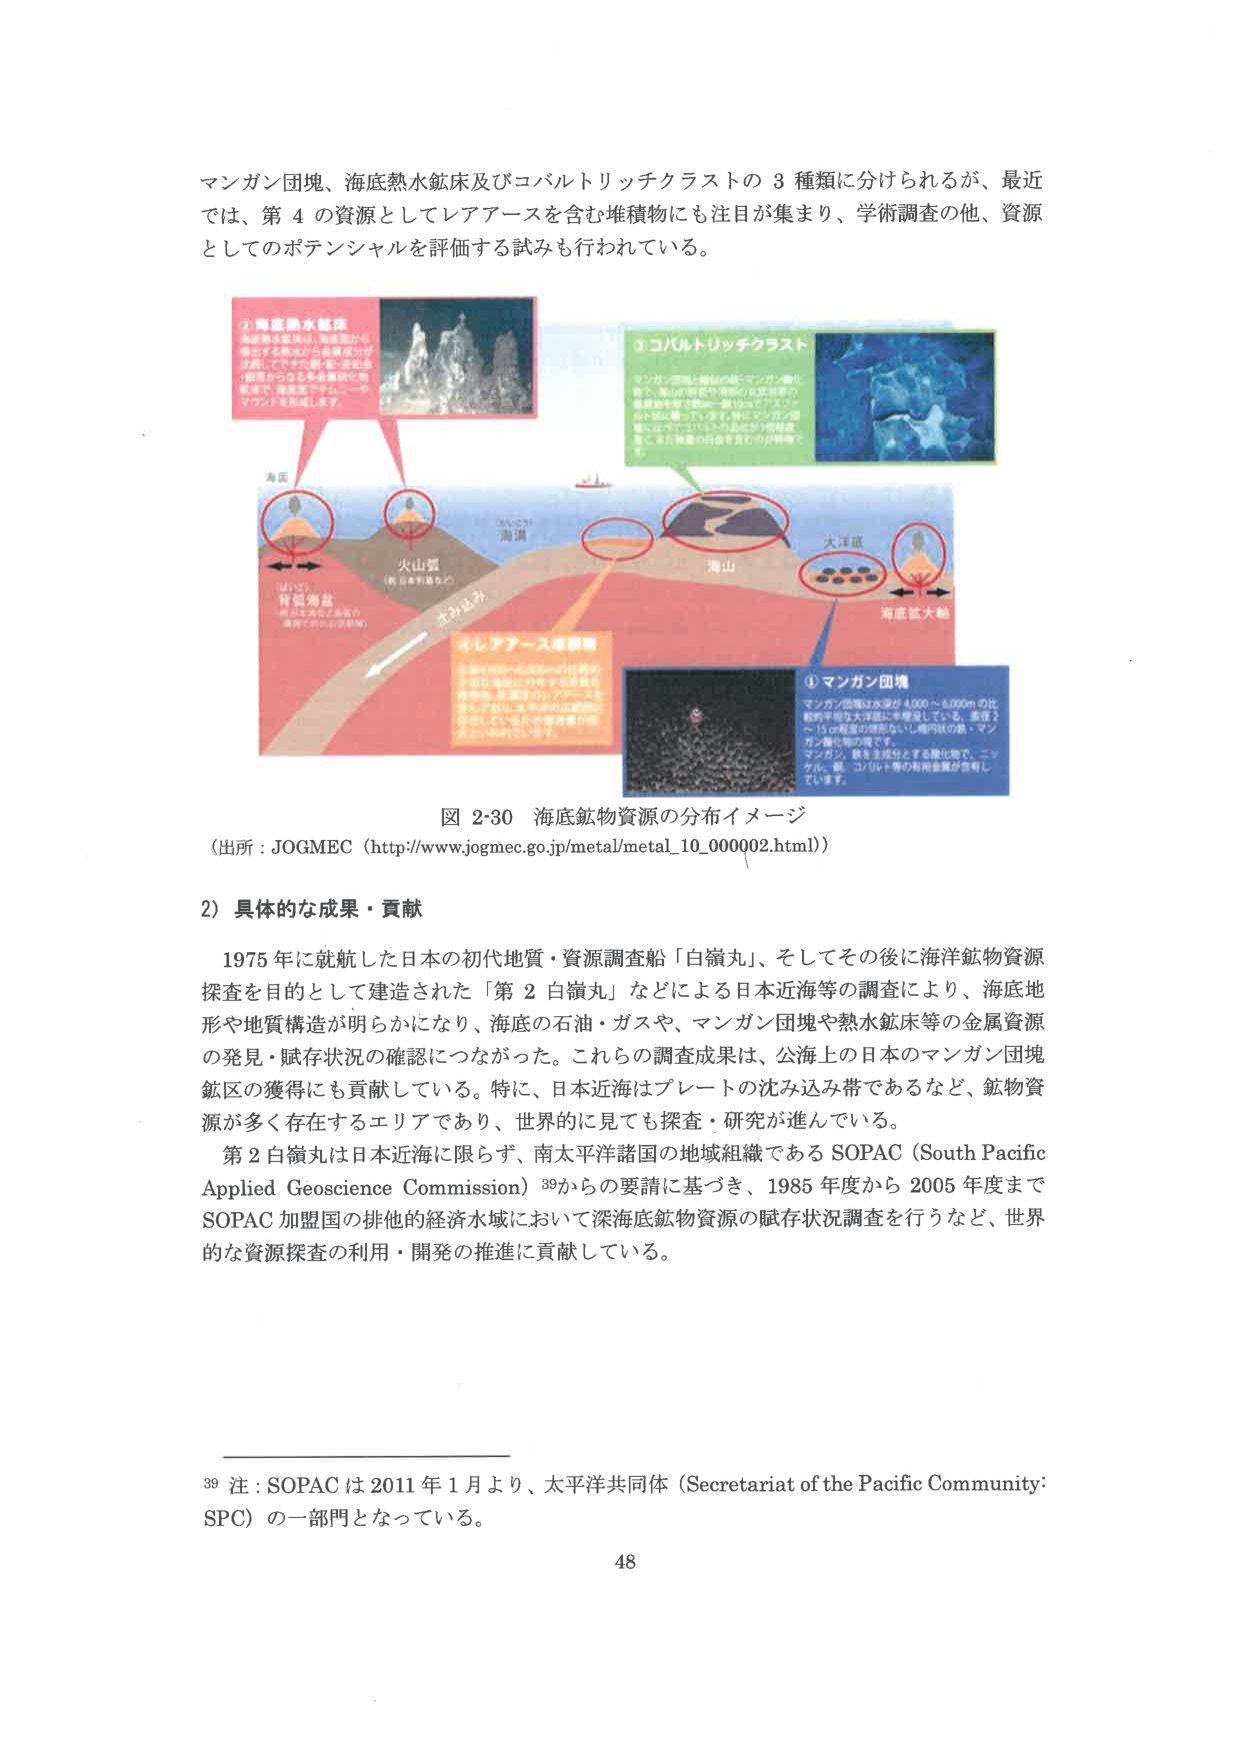
マンガン団塊、海底熱水鉱床及びコバルトリッチクラストの３種類に分けられるが、最近では、第４の資源としてレアアースを含む堆積物にも注目が集まり、学術調査の他、資源としてのポテンシャルを評価する試みも行われている。

②海底熱水鉱床
海底熱水鉱床は、海底部から噴出する熱水が金属成分を溶解してできた鉱物・沈殿物・鉱床からなる多金属硫化物鉱床で、海底面でチムニー・マウンドを形成します。

③コバルトリッチクラスト
マンガン団塊と類似の鉄・マンガン酸化物で、海山の頂部や周囲の比較的平坦な地形を覆う数cm～数十cm厚の層状鉱床です。特にマントル物質が露出している海山の頂部に形成され、また熱量の分布を含むのが特徴です。

海溝
火山弧（新日本列島など）
海山
大洋底
海底鉱大軸
（①）背弧海盆（背弧海盆など海底で構成される沈降域）
大みどり
④レアアース堆積物
深海海底の一部の場所で、特に海溝に沿って形成される堆積物。海溝底のレアアースを含んだ鉱物が、海流や海底の堆積作用により、特定の場所に集中して堆積している。

①マンガン団塊
マンガン団塊は水深が4,000～6,000mの比較的平坦な大洋底に形成されていて、直径2～15cm程度の球形ないし楕円状の鉄・マンガン酸化物の塊です。マンガン、鉄を主成分とする酸化物で、ニッケル、銅、コバルト等の有用金属が含有しています。

図 2-30 海底鉱物資源の分布イメージ
（出所：JOGMEC（http://www.jogmec.go.jp/metal/metal_10_000002.html））

2）具体的な成果・貢献

1975年に就航した日本の初代地質・資源調査船「白嶺丸」、そしてその後に海洋鉱物資源探査を目的として建造された「第2白嶺丸」などによる日本近海等の調査により、海底地形や地質構造が明らかになり、海底の石油・ガスや、マンガン団塊や熱水鉱床等の金属資源の発見・賦存状況の確認につながった。これらの調査成果は、公海上の日本のマンガン団塊鉱区の獲得にも貢献している。特に、日本近海はプレートの沈み込み帯であるなど、鉱物資源が多く存在するエリアであり、世界的に見ても探査・研究が進んでいる。

第2白嶺丸は日本近海に限らず、南太平洋諸国の地域組織であるSOPAC（South Pacific Applied Geoscience Commission）39からの要請に基づき、1985年度から2005年度までSOPAC加盟国の排他的経済水域において深海底鉱物資源の賦存状況調査を行うなど、世界的な資源探査の利用・開発の推進に貢献している。

39 注：SOPACは2011年1月より、太平洋共同体（Secretariat of the Pacific Community: SPC）の一部門となっている。

48